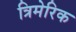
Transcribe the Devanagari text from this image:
त्रिमेरिक